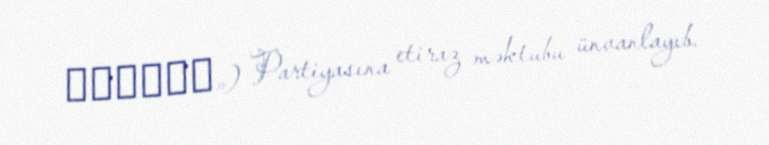
Россия») Partiyasına etiraz məktubu ünvanlayıb.